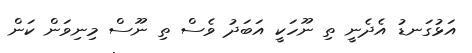
އަޅުގަނޑު އެދެނީ ތި ނޫހަކީ އަބަދު ވެސް ތި ނޫސް މިނިވަން ކަން